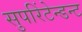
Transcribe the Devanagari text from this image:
सुपरिंटेन्डन्ट